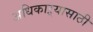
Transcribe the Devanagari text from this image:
अधिकाऱ्यासाठी